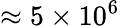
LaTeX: \approx 5\times 10^{6}